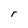
Character: r